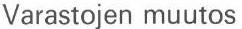
Varastojen muutos